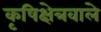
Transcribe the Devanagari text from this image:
कृषिक्षेत्रवाले